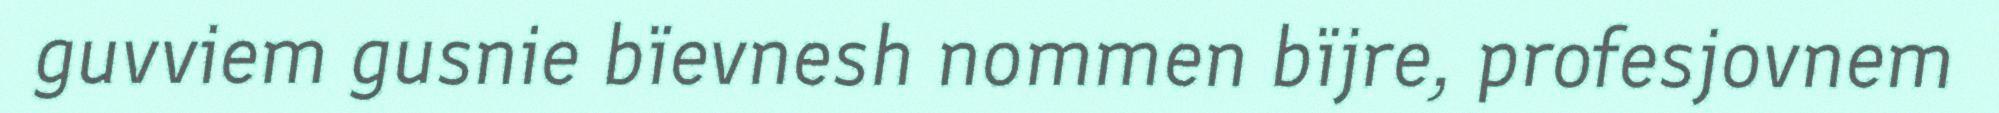
guvviem gusnie bïevnesh nommen bïjre, profesjovnem